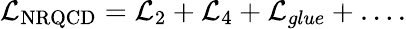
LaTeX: {\cal L}_{\mathrm{NRQCD}}={\cal L}_{2}+{\cal L}_{4}+{\cal L}_{glue}+\ldots.